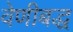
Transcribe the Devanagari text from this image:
वेणीबद्ध